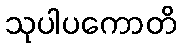
သုပါပကောတိ